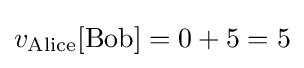
v_{\text{Alice}}[{\text{Bob}}]=0+5=5